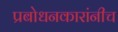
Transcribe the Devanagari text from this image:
प्रबोधनकारांनीच